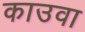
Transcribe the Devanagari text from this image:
काउवा